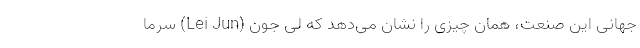
جهانی این صنعت، همان چیزی را نشان می‌دهد که لی جون (Lei Jun) سرما